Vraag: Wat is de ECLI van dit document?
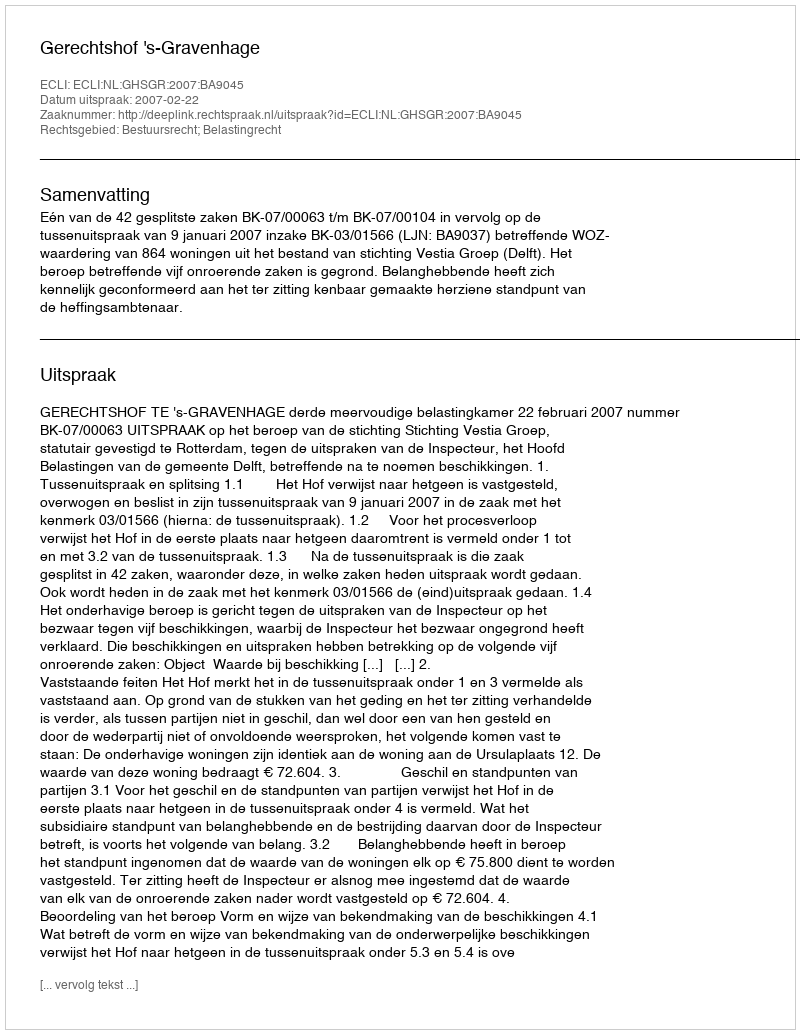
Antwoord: ECLI:NL:GHSGR:2007:BA9045